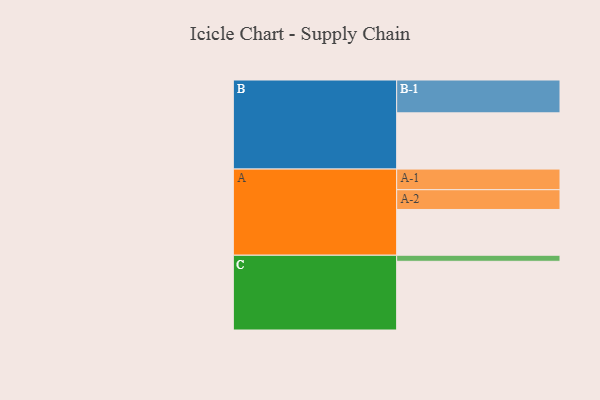
{"axis": {"x": "Segment", "y": "Value"}, "legend": ["", "A", "B", "C"], "data": [{"x": "A", "y": 393, "type": ""}, {"x": "B", "y": 483, "type": ""}, {"x": "C", "y": 590, "type": ""}, {"x": "A-1", "y": 177, "type": "A"}, {"x": "A-2", "y": 170, "type": "A"}, {"x": "B-1", "y": 282, "type": "B"}, {"x": "C-1", "y": 52, "type": "C"}]}